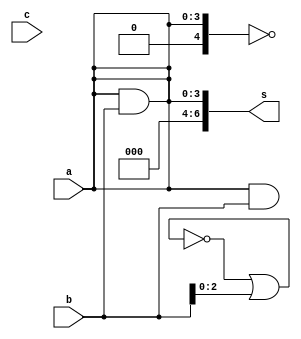
// ------------------------- 
// --Exemplo0034 - F4  
// --Nome: Lorena Danielle Gonalves Bento
// --Matricula: 435049
// ------------------------- 

// ------------------------- 
// --f4_gate 
// ------------------------- 

module f4 (output [6:0] s, input [3:0] a, input [3:0] b, input[3:0]c); 
	assign s[0:0] = ~a;
	assign s[1:0] = (a | b);
	assign s[2:0] = (~(a | b));
	assign s[3:0] = (a & b);
	assign s[4:0] = (~(a & b));
	assign s[5:0] = (a & b);
	assign s[6:0] = a;	
endmodule // f4 

module testef4; 
// ------------------------- definir dados 
reg [3:0] x; 
reg [3:0] y; 
reg [3:0] z;
wire [6:0] sa; 
	
f4 modulo (sa, z, x, y); 
	
// ------------------------- parte principal 
initial begin 
		$display("Exemplo0035 - Lorena Danielle Gonalves Bento - 435049"); 
		$display("Test LU's module"); 
		x = 4'b0011; y = 4'b0101; z = 4'b0010;
		#1 $display("\n%3b  %3b = %3b",x,y,sa); 
end
endmodule // testef4